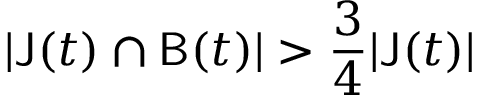
| \mathsf { J } ( t ) \cap \mathsf { B } ( t ) | > \frac { 3 } { 4 } | \mathsf { J } ( t ) |